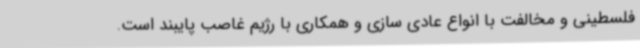
فلسطینی و مخالفت با انواع عادی سازی و همکاری با رژیم غاصب پایبند است.